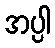
အပ္ပါ